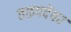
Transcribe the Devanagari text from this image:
तळपदेंवर